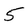
Character: 5